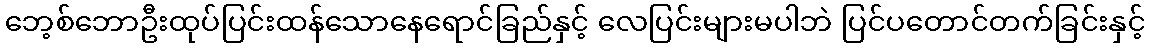
ဘေ့စ်ဘောဦးထုပ်ပြင်းထန်သောနေရောင်ခြည်နှင့် လေပြင်းများမပါဘဲ ပြင်ပတောင်တက်ခြင်းနှင့်